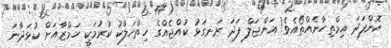
ކޮންފަދަ އިމްތިހާނެއްތޯއެވެ! އަންޖަލް ފަދަ ރަނގަޅު ކުއްޖެއްގެ ހިތްހަލާކު ކުރުމަކީ ހަމްޒާއަަށް ކުޅަދާނަ